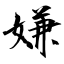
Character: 嫌